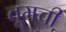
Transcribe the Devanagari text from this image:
तूमची